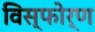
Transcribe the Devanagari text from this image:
विस्फोर्ण